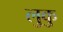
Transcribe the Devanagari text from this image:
लुकु